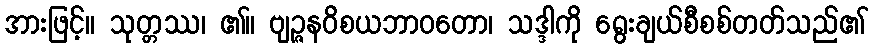
အားဖြင့်။ သုတ္တဿ၊ ၏။ ဗျဉ္ဇနဝိစယဘာဝတော၊ သဒ္ဒါကို ရွေးချယ်စီစစ်တတ်သည်၏